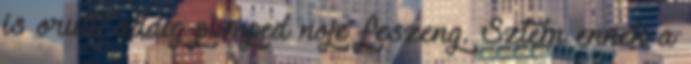
is orult, addig pumped noje feszeng. Sztem ennek a